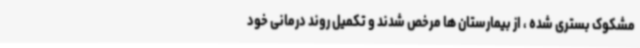
مشکوک بستری شده ، از بیمارستان ها مرخص شدند و تکمیل روند درمانی خود